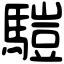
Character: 𩥉